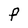
Character: F